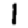
Digit: 1